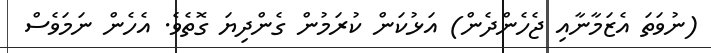
(ނުވަތަ އެޒަމާނާއި ޖެހެންދެން) އަޅުކަން ކުރަމުން ގެންދިޔަ ގޮތެވެ. އެހެން ނަމަވެސް